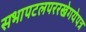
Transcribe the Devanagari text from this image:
सभापटलपररखेगयेपत्र